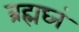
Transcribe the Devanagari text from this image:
ब्रह्मघ्नं